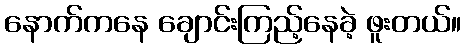
နောက်ကနေ ချောင်းကြည့်နေခဲ့ ဖူးတယ်။